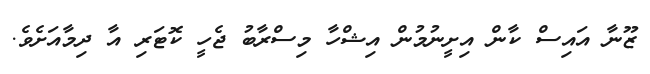
ޒޫނާ އައިސް ކާން އިށީނުމުން އިޝްހާ މިސްރާބު ޖެހީ ކޮޓަރި އާ ދިމާއަށެވެ.